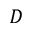
D